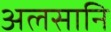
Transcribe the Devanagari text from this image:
अलसानि